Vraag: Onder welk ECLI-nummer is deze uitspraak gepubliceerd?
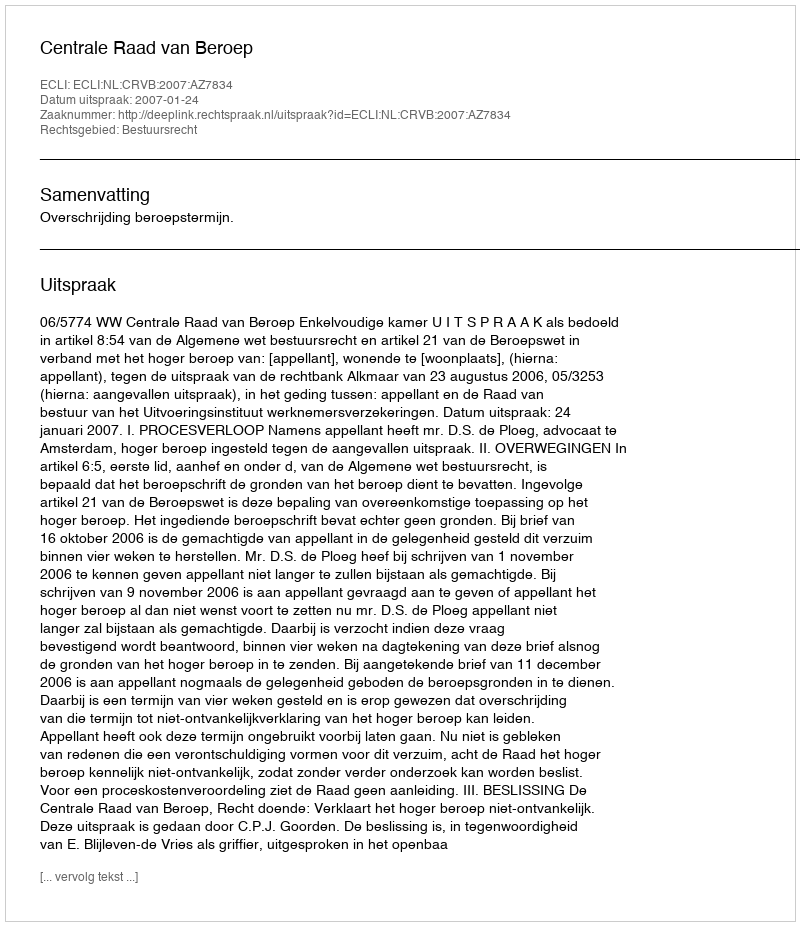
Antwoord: ECLI:NL:CRVB:2007:AZ7834